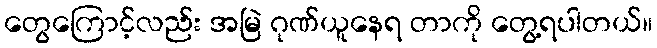
တွေကြောင့်လည်း အမြဲ ဂုဏ်ယူနေရ တာကို တွေ့ရပါတယ်။